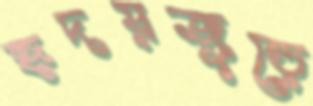
হৃদয়জুড়ে